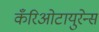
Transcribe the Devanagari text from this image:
कँरिओटायुरेन्स